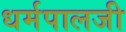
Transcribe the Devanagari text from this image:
धर्मपालजी